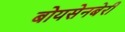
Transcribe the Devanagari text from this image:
बोयसेनबेरी